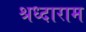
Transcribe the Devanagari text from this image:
श्रध्दाराम